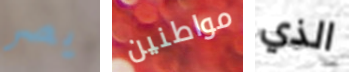
يصر مواطنين الذي